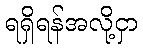
ရရှိရန်အလို့ငှာ